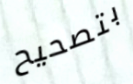
بتصحيح